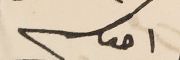
احوكم